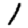
Digit: 1